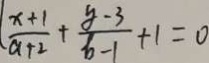
( \frac { x + 1 } { a + 2 } + \frac { y - 3 } { b - 1 } + 1 = 0